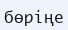
бөріңе